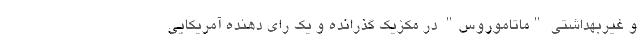
و غیربهداشتی "ماتاموروس" در مکزیک گذرانده و یک رای دهنده آمریکایی